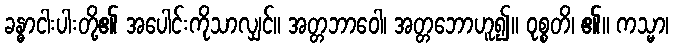
ခန္ဓာငါးပါးတို့၏ အပေါင်းကိုသာလျှင်။ အတ္တဘာဝေါ၊ အတ္တဘောဟူ၍။ ဝုစ္စတိ၊ ၏။ ကသ္မာ၊